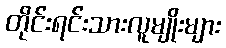
တိုင်းရင်းသားလူမျိုးများ